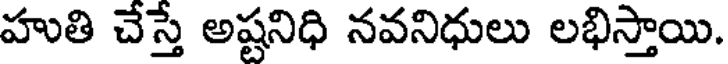
హుతి చేస్తే అష్టనిధి నవనిధులు లభిస్తాయి.